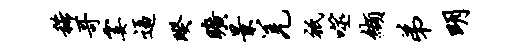
稀哥霎逼暌旷景羌只噬缬弟明